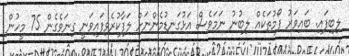
ލިބިފައި. ބައިވަރު ފޯމުތަކެއް ލިބުނު ނަމަވެސް އަޅުގަނޑުމެންނަށް ލަފާކުރެވިފައިވަނީ ގިނަވެގެން 75 މީހުން